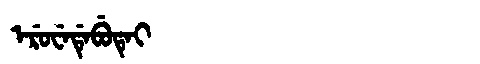
Manchu: ᡝᡵᡠᠸᡝᡩᡝᠪᡠᡨᡝᡳ
Romanization: ERUWEDEBUTEI